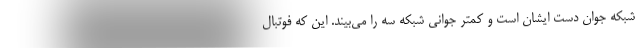
شبکه جوان دست ایشان است و کمتر جوانی شبکه سه را می‌بیند. این که فوتبال